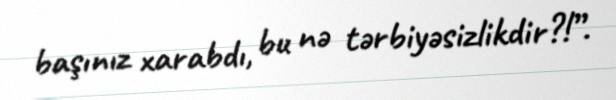
başınız xarabdı, bu nə tərbiyəsizlikdir?!”.